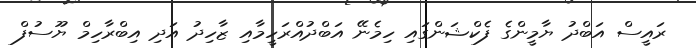
ރައީސް އަބްދު ޔާމީންގެ ފެކްޝަންގައި ހިމެނޭ އަބްދުއްރަހީމާއި ޒާހިދު އަދި އިބްރާހިމް ޔޫސުފް